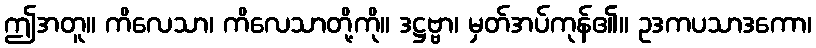
ဤအတူ။ ကိလေသာ၊ ကိလေသာတို့ကို။ ဒဋ္ဌဗ္ဗာ၊ မှတ်အပ်ကုန်၏။ ဥဒကပသာဒကော၊